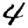
Digit: 4